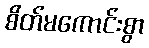
စိတ်မကောင်းစွာ